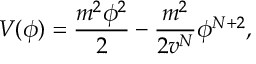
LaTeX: V ( \phi ) = { \frac { m ^ { 2 } \phi ^ { 2 } } { 2 } } - { \frac { m ^ { 2 } } { 2 v ^ { N } } } \phi ^ { N + 2 } ,